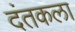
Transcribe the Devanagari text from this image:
दंतकला